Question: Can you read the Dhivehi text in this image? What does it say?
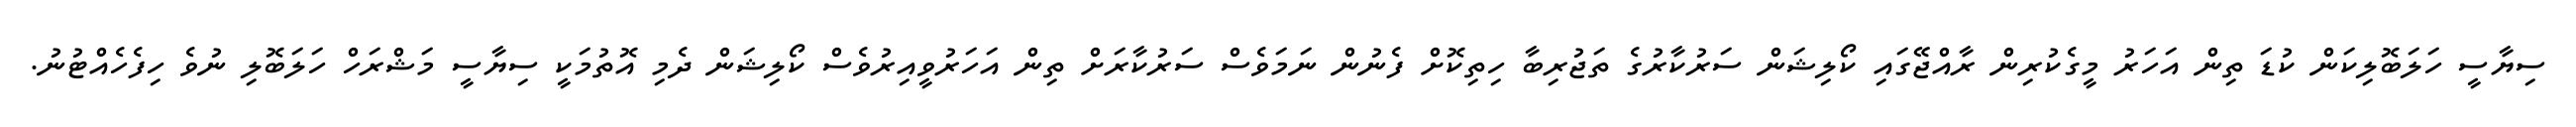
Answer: ސިޔާސީ ހަލަބޮލިކަން ކުޑަ ތިން އަހަރު މީގެކުރިން ރާއްޖޭގައި ކޯލިޝަން ސަރުކާރުގެ ތަޖުރިބާ ހިތިކޮށް ފެނުން ނަމަވެސް ސަރުކާރަށް ތިން އަހަރުވީއިރުވެސް ކޯލިޝަން ދެމި އޮތުމަކީ ސިޔާސީ މަޝްރަހް ހަލަބޮލި ނުވެ ހިފެހެއްޓުނު.